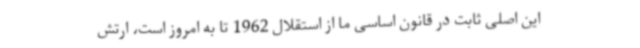
این اصلی ثابت در قانون اساسی ما از استقلال 1962 تا به امروز است، ارتش